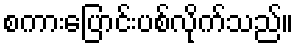
စကားပြောင်းပစ်လိုက်သည်။